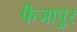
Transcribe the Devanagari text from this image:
फैजापुर